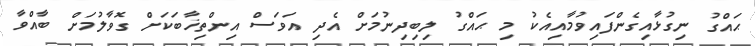
ޙައްގު ނިގުޅާއިގެންފައިވުމާއިއެކު މި ޙައްގު ލިބިދިނުމަށް އެދި އަވަސް އިންތިޚާބަކަށް ގޮވާލުމަށް ބާއްވާ